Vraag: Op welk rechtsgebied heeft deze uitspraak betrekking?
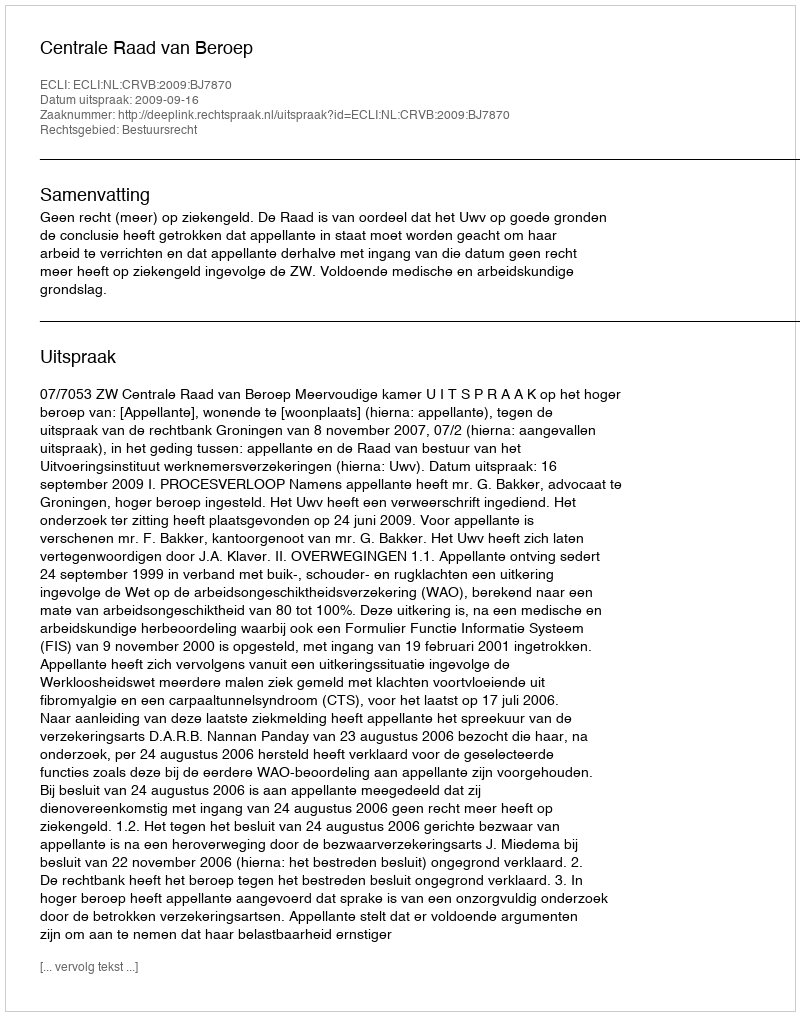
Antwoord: Bestuursrecht